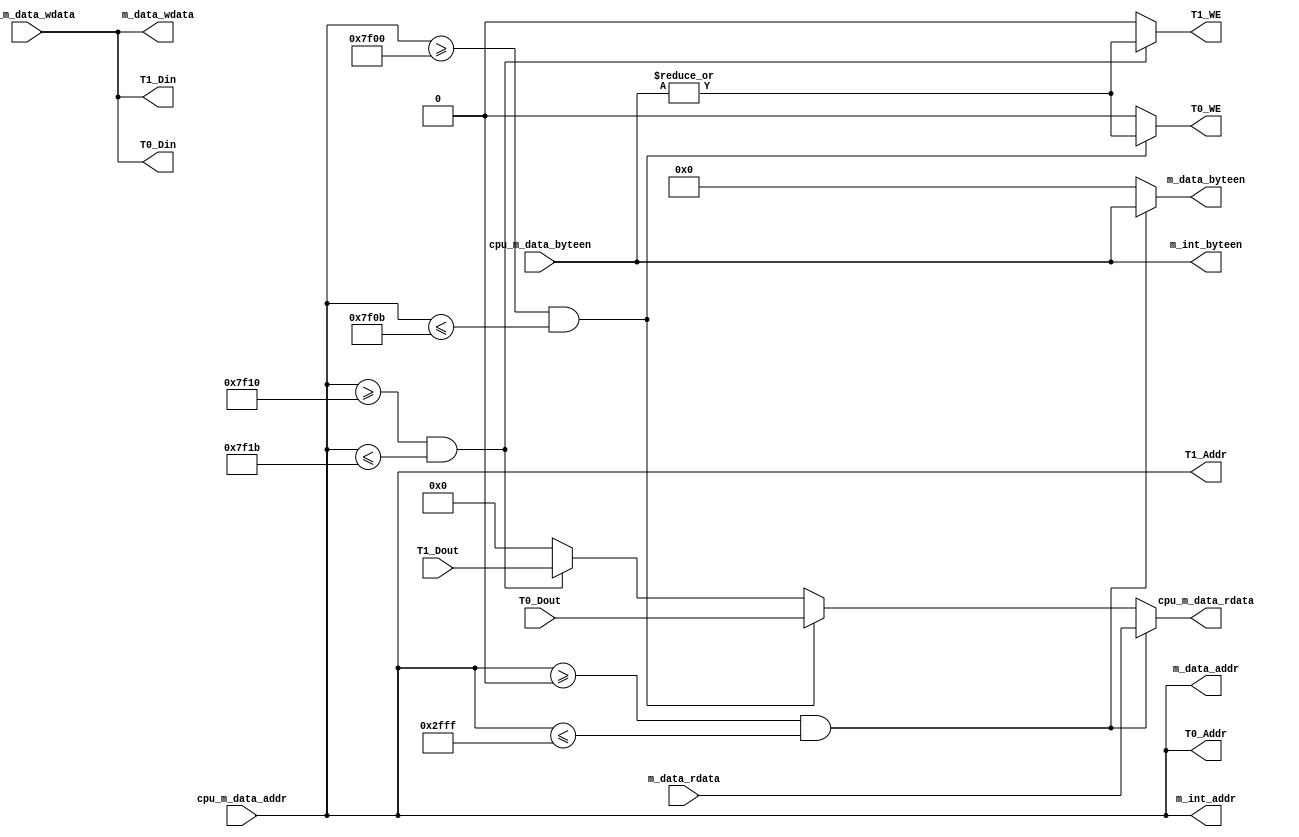
module Bridge (
    //cpu
    output [31:0] cpu_m_data_rdata,   // cpu DM 
    input  [31:0] cpu_m_data_addr,    // cpu DM 
    input  [31:0] cpu_m_data_wdata,   // cpu DM 
    input  [3 :0] cpu_m_data_byteen,  // cpu DM 
    //Time0
    output [31:0] T0_Addr,
    output        T0_WE,
    output [31:0] T0_Din,
    input  [31:0] T0_Dout,
    //Timer1
    output [31:0] T1_Addr,
    output        T1_WE,
    output [31:0] T1_Din,
    input  [31:0] T1_Dout,
    //dm
    input  [31:0] m_data_rdata,   // DM 
    output [31:0] m_data_addr,    // DM 
    output [31:0] m_data_wdata,   // DM 
    output [3 :0] m_data_byteen,  // DM 
    //Interrupt Generator
    output [31:0] m_int_addr,     // 
    output [3 :0] m_int_byteen    // 
);   
    //IO
    assign T0_Din = cpu_m_data_wdata;
    assign T1_Din = cpu_m_data_wdata;
    assign m_data_wdata = cpu_m_data_wdata;
    //IO
    assign T0_Addr = cpu_m_data_addr;
    assign T1_Addr = cpu_m_data_addr;
    assign m_data_addr = cpu_m_data_addr;
    assign m_int_addr = cpu_m_data_addr;
    //IO
    wire WE = |cpu_m_data_byteen;
    assign T0_WE  = (cpu_m_data_addr >= 32'h0000_7f00 && cpu_m_data_addr <= 32'h0000_7f0b) ? WE : 1'd0;   //0x0000_7F000x0000_7F0B
    assign T1_WE  = (cpu_m_data_addr >= 32'h0000_7f10 && cpu_m_data_addr <= 32'h0000_7f1b) ? WE : 1'd0;   //0x0000_7F100x0000_7F1B
    assign m_data_byteen = (cpu_m_data_addr >= 32'h0000_0000 && cpu_m_data_addr <= 32'h0000_2fff) ? cpu_m_data_byteen : 4'b0000;
    assign m_int_byteen = cpu_m_data_byteen;// (cpu_m_data_addr >= 32'h0000_7f20 && cpu_m_data_addr <= 32'h0000_7f23) ? cpu_m_data_byteen : 4'b0000;//0x0000_7F200x0000_7F23
    //CPU
    //cpu_m_data_rdata  T0_Dout T1_Dout  m_data_rdata
    assign cpu_m_data_rdata = ((m_data_addr >= 32'h0000_0000) && (m_data_addr <= 32'h0000_2fff)) ? m_data_rdata :
                              ((cpu_m_data_addr >= 32'h0000_7f00 && cpu_m_data_addr <= 32'h0000_7f0b)) ? T0_Dout :
                              ((cpu_m_data_addr >= 32'h0000_7f10 && cpu_m_data_addr <= 32'h0000_7f1b)) ? T1_Dout : 32'd0;
endmodule